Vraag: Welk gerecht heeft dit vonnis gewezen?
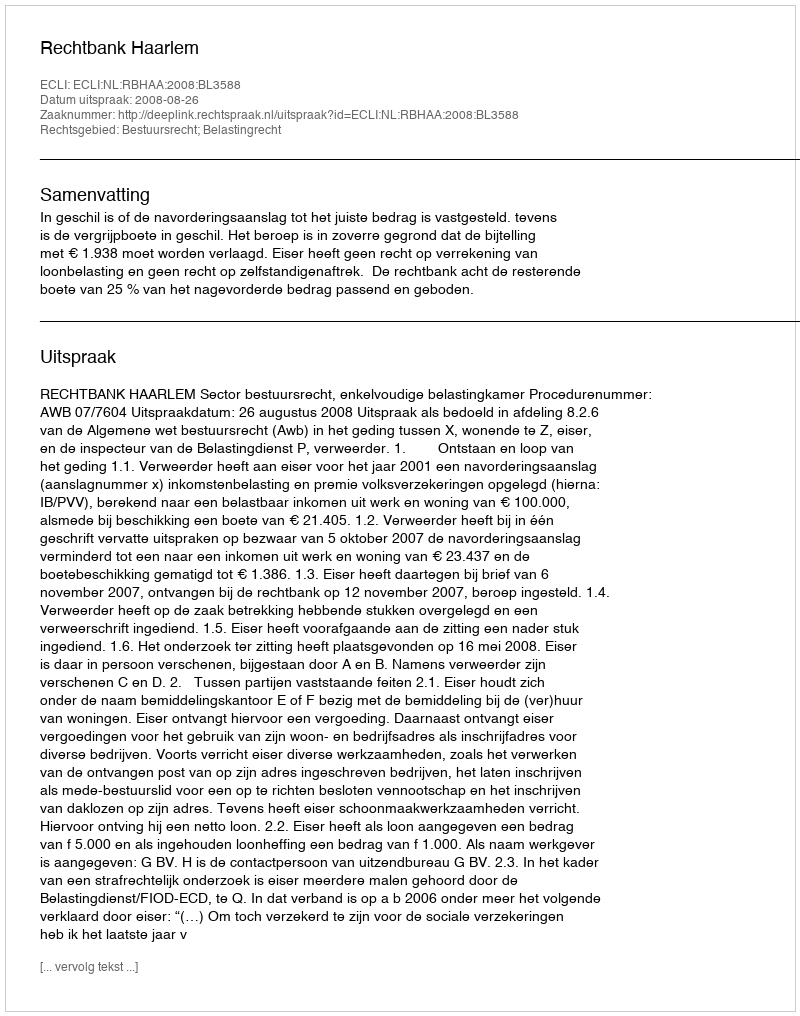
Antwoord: Rechtbank Haarlem